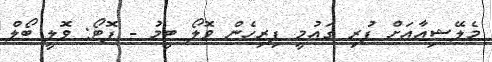
މެލޭޝިއާއަށް ފުރި ގައުމީ ފިރިހެން ވޮލޯ ޓީމު - ފޮޓޯ: ވޮލީ ބޯލް